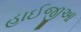
હાઈજીઆ